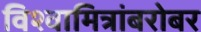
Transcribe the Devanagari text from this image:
विश्वामित्रांबरोबर